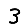
Digit: 3